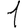
Digit: 1